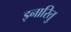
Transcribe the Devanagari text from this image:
इनारितु